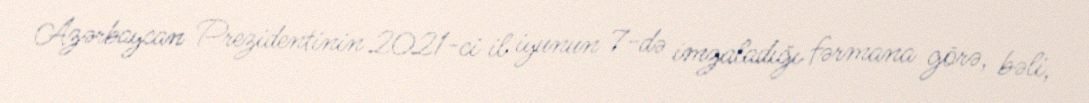
Azərbaycan Prezidentinin 2021-ci il iyunun 7-də imzaladığı fərmana görə, bəli,